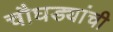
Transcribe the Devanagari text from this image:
चौघड्यांची